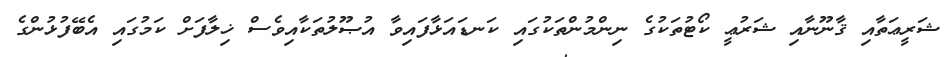
ޝަރީޢަތާއި ޤާނޫނާއި ޝަރުޢީ ކޯޓުތަކުގެ ނިންމުންތަކުގައި ކަނޑައަޅާފައިވާ އުޞޫލުތަކާއިވެސް ޚިލާފަށް ކަމުގައި އެބޭފުޅުންގެ